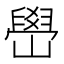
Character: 嶨